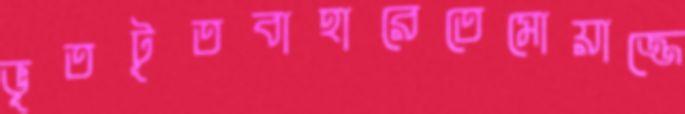
ভূতটূতবাহারেতেমোয়াজ্জে